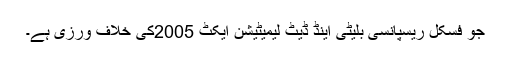
جو فسکل ریسپانسی بلیٹی اینڈ ڈیٹ لیمیٹیشن ایکٹ 2005کی خلاف ورزی ہے۔